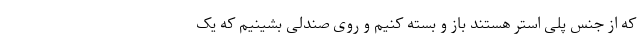
که از جنس پلی استر هستند باز و بسته کنیم و روی صندلی بشینیم که یک